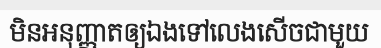
មិនអនុញ្ញាតឲ្យឯងទៅលេងសើចជាមួយ